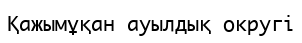
Қажымұқан ауылдық округі